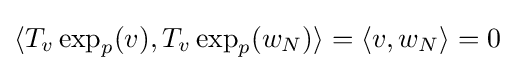
\langle T_{v}\exp _{p}(v),T_{v}\exp _{p}(w_{N})\rangle =\langle v,w_{N}\rangle =0